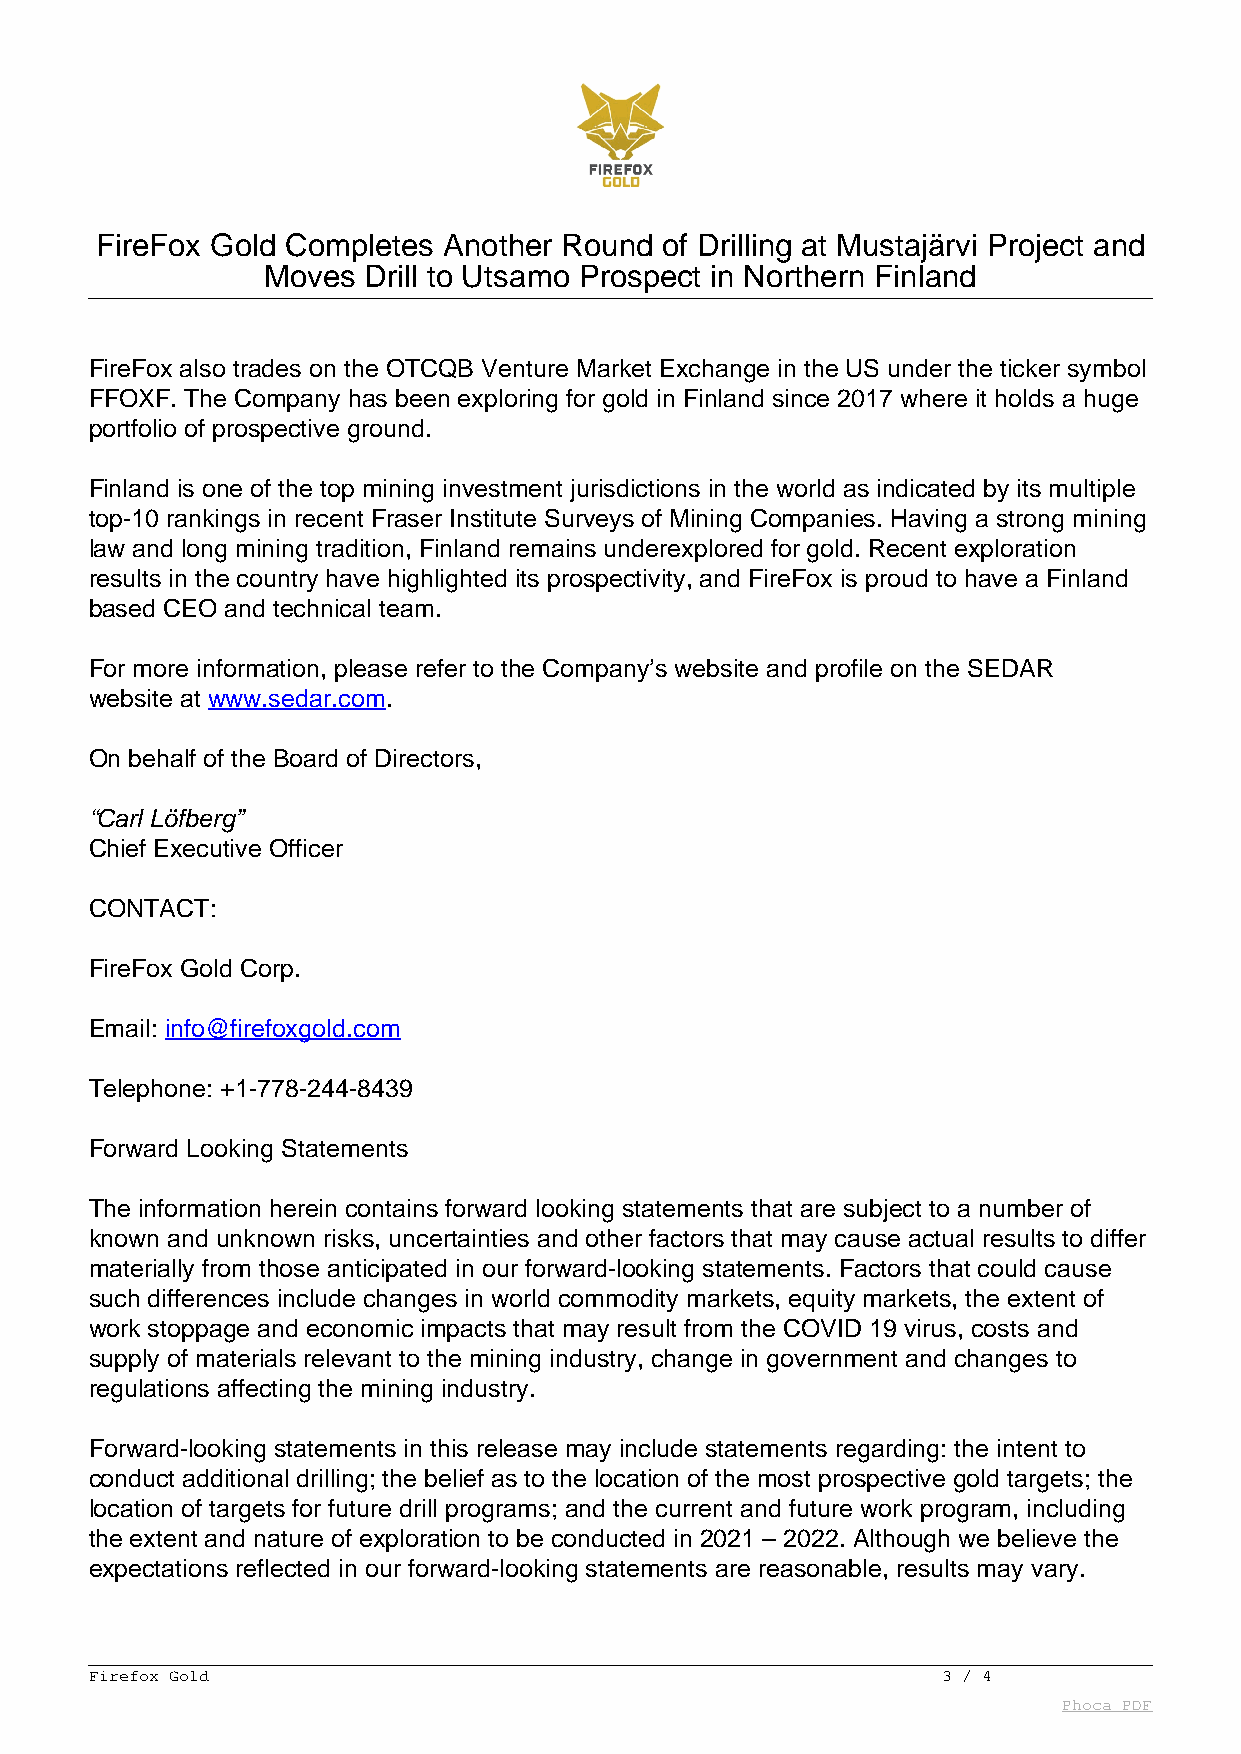
FireFox Gold Completes Another Round  of Drilling at Mustajärvi Project and
 Moves  Drill to Utsamo Prospect in Northern Finland
 FireFox also trades on the OTCQB Venture Market Exchange in the US under the ticker symbol
 FFOXF. The Company has been exploring for gold in Finland since 2017 where it holds a huge
 portfolio of prospective ground.
 Finland is one of the top mining investment jurisdictions in the world as indicated by its multiple
 top-10 rankings in recent Fraser Institute Surveys of Mining Companies. Having a strong mining
 law and long mining tradition, Finland remains underexplored for gold. Recent exploration
 results in the country have highlighted its prospectivity, and FireFox is proud to have a Finland
 based CEO and technical team.
 For more information, please refer to the Company’s website and profile on the SEDAR
 website at www.sedar.com.
 On behalf of the Board of Directors,
 “Carl Löfberg”
 Chief Executive Officer
 CONTACT:
 FireFox Gold Corp.
 Email: info@firefoxgold.com
 Telephone: +1-778-244-8439
 Forward Looking Statements
 The information herein contains forward looking statements that are subject to a number of
 known and unknown risks, uncertainties and other factors that may cause actual results to differ
 materially from those anticipated in our forward-looking statements. Factors that could cause
 such differences include changes in world commodity markets, equity markets, the extent of
 work stoppage and economic impacts that may result from the COVID 19 virus, costs and
 supply of materials relevant to the mining industry, change in government and changes to
 regulations affecting the mining industry.
 Forward-looking statements in this release may include statements regarding: the intent to
 conduct additional drilling; the belief as to the location of the most prospective gold targets; the
 location of targets for future drill programs; and the current and future work program, including
 the extent and nature of exploration to be conducted in 2021 – 2022. Although we believe the
 expectations reflected in our forward-looking statements are reasonable, results may vary.
 Firefox Gold                                            3 / 4
 Phoca PDF